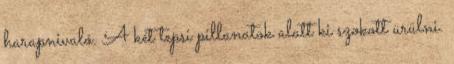
harapnivaló. A két tepsi pillanatok alatt ki szokott ürülni.